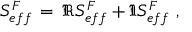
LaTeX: S _ { e f f } ^ { F } \, = \, \Re S _ { e f f } ^ { F } + \Im S _ { e f f } ^ { F } \ ,